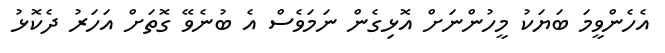
އެހެންވީމަ ބަޔަކު މީހުންނަށް އޮޅިގެން ނަމަވެސް އެ ބުނެވޭ ގޮތަށް އަހަރު ދެކޮޅު